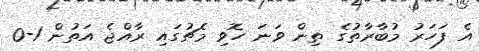
އެ ފަހަރު މުބާރާތުގެ ތިން ވަނަ ހޮވި މެޗުގައި ރާއްޖެ އަތުން 1-0